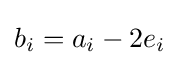
b_{i}=a_{i}-2e_{i}